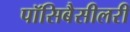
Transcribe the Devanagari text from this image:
पॉसिबैसीलरी